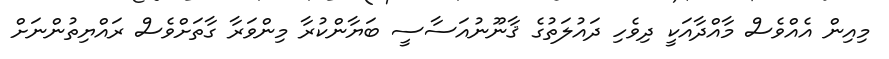
މިއިން އެއްވެސް މާއްދާއަކީ ދިވެހި ދައުލަތުގެ ޤާނޫނުއަސާސީ ބަޔާންކުރާ މިންވަރާ ގާތަށްވެސް ރައްޔިތުންނަށް